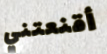
أقنعتني